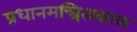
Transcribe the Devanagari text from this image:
प्रधानमन्त्रित्वकाल